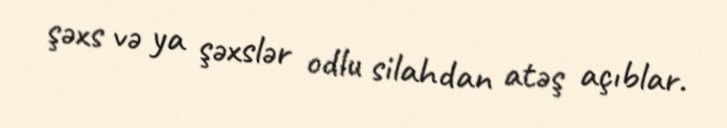
şəxs və ya şəxslər odlu silahdan atəş açıblar.